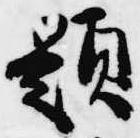
題